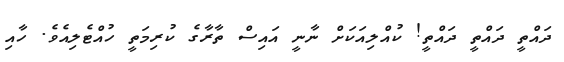
ދައްތީ ދައްތީ ދައްތީ! ކުއްލިއަކަށް ނާނީ އައިސް ތާރާގެ ކުރިމަތީ ހުއްޓެލިއެވެ. ހާއި